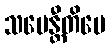
သမေန္တီတိပေ